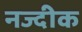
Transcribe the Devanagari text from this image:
नज्दीक